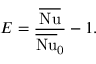
E = \frac { \overline { { \mathrm { N u } } } } { \overline { { \mathrm { N u } } } _ { \mathrm { 0 } } } - 1 .